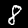
Label: 8